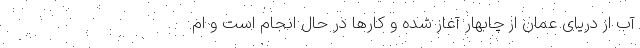
آب از دریای عمان از چابهار آغاز شده و کارها در حال انجام است و ام